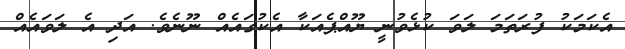
އެކަމަކު ފުރަތަމަ ލަވަ ކުޅެވުނީ ޔޫއްޕެއަކާ އެކުގައެއް ނޫނެވެ. އަދި އެ ލަވައެއް